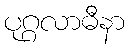
ပုဂ္ဂလာဓီနာ